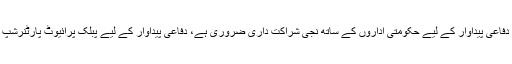
آرمی چیف نے مزید کہا کہ دفاعی پیداوار کے لیے حکومتی اداروں کے ساتھ نجی شراکت داری ضروری ہے، دفاعی پیداوار کے لیے پبلک پرائیوٹ پارٹنرشپ کے وسیع مواقع موجود ہیں۔